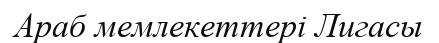
Араб мемлекеттері Лигасы